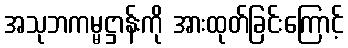
အသုဘကမ္မဋ္ဌာန်းကို အားထုတ်ခြင်းကြောင့်